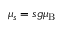
\mu _ { s } = s g { \ensuremath { \mu _ { \mathrm { B } } } }